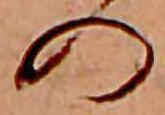
の